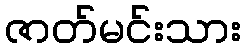
ဇာတ်မင်းသား